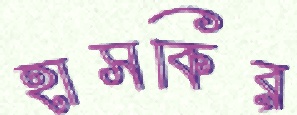
হাসকির